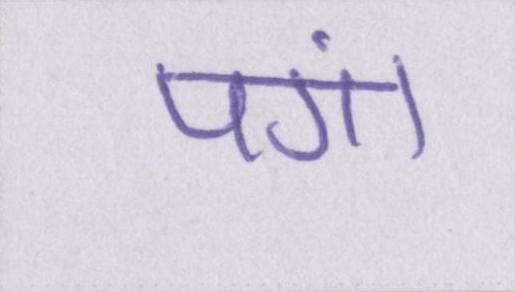
पंगा